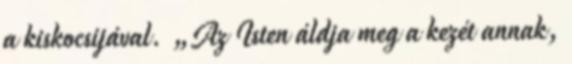
a kiskocsijával. „Az Isten áldja meg a kezét annak,